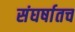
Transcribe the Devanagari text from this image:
संघर्षातच